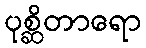
ပုစ္ဆိတာရော